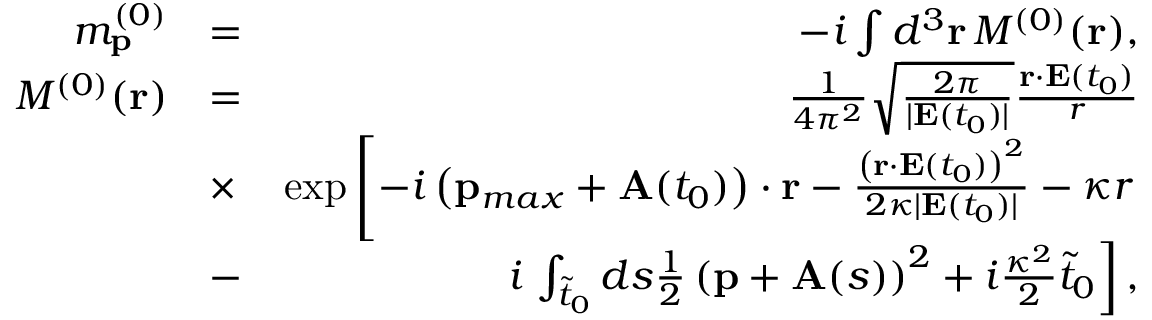
\begin{array} { r l r } { m _ { \mathbf { p } } ^ { ( 0 ) } } & { = } & { - i \int d ^ { 3 } \mathbf { r } \, { \cal M } ^ { ( 0 ) } ( \mathbf { r } ) , } \\ { { \cal M } ^ { ( 0 ) } ( \mathbf { r } ) } & { = } & { \frac { 1 } { 4 \pi ^ { 2 } } \sqrt { \frac { 2 \pi } { | \mathbf { E } ( t _ { 0 } ) | } } \frac { \mathbf { r } \cdot \mathbf { E } ( t _ { 0 } ) } { r } } \\ & { \times } & { \exp \left[ - i \left( \mathbf { p } _ { m a x } + \mathbf { A } ( t _ { 0 } ) \right) \cdot \mathbf { r } - \frac { \left( \mathbf { r } \cdot \mathbf { E } ( t _ { 0 } ) \right) ^ { 2 } } { 2 \kappa | \mathbf { E } ( t _ { 0 } ) | } - \kappa r \right. } \\ & { - } & { i \left. \int _ { \tilde { t } _ { 0 } } d s \frac { 1 } { 2 } \left( \mathbf { p } + \mathbf { A } ( s ) \right) ^ { 2 } + i \frac { \kappa ^ { 2 } } { 2 } \tilde { t } _ { 0 } \right] , } \end{array}